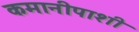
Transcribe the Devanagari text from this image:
कमानीपाशी